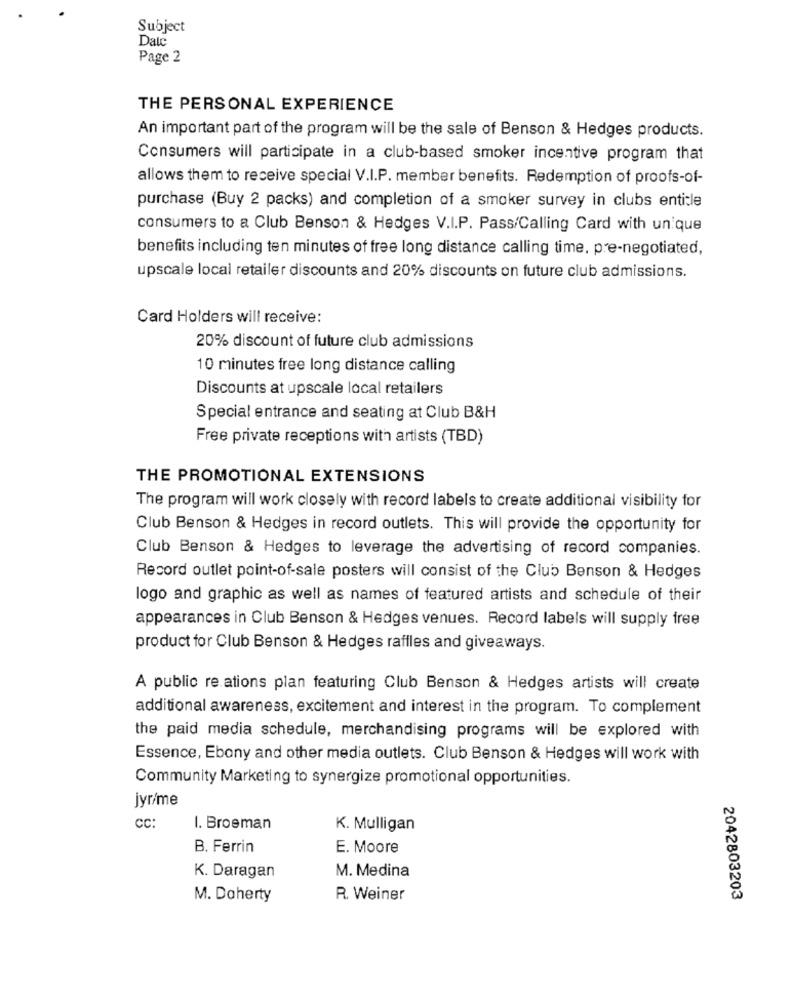
Subject
Date
Page 2
THE PERSONAL EXPERIENCE
An important part of the program will be the sale of Benson & Hedges products.
Consumers will participate in a club-based smoker incentive program that
allows them to receive special V.I.P. member benefits. Redemption of proofs-of-
purchase (Buy 2 packs) and completion of a smoker survey in clubs entitle
consumers to a Club Benson & Hedges V.I.P. Pass/Calling Card with unique
benefits including ten minutes of free long distance calling time. pre-negotiated,
upscale local retailer discounts and 20% discounts on future club admissions.
Card Holders will receive:
20% discount of future club admissions
10 minutes free long distance calling
Discounts at upscale local retailers
Special entrance and seating at Club B&H
Free private receptions with artists (TBD)
THE PROMOTIONAL EXTENSIONS
The program will work closely with record labels to create additional visibility for
Club Benson & Hedges in record outlets. This will provide the opportunity for
Club Benson & Hedges to leverage the advertising of record companies.
Record outlet point-of-sale posters will consist of the Club Benson & Hedges
logo and graphic as well as names of featured artists and schedule of their
appearances in Club Benson & Hedges venues. Record labels will supply free
product for Club Benson & Hedges raffles and giveaways.
A public re ations plan featuring Club Benson & Hedges artists will create
additional awareness, excitement and interest in the program. To complement
the paid media schedule, merchandising programs will be explored with
Essence, Ebony and other media outlets. Club Benson & Hedges will work with
Community Marketing to synergize promotional opportunities.
jyr/me
CC:
1. Broeman
K. Mulligan
B. Ferrin
E. Moore
K. Daragan
M. Medina
M. Daherty
R. Weiner
2042803203